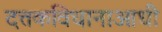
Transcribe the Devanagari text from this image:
दत्तकविधानाआधी